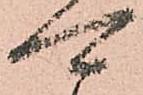
可